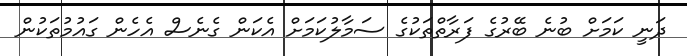
ދަނީ ކަމަށް ބުނެ ބޭރުގެ ފަރާތްތަކުގެ ސަމާލުކަމަށް އެކަން ގެނެސް އެހެން ގައުމުތަކުން